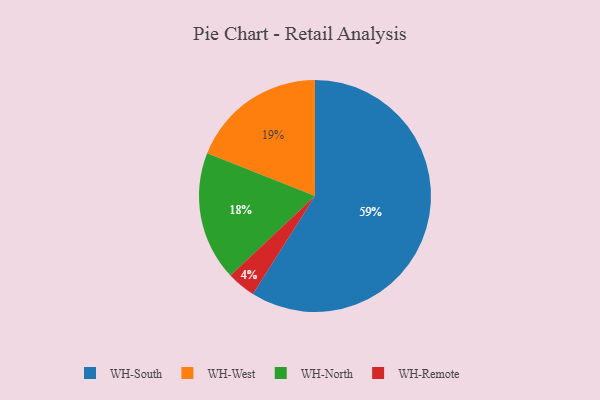
{"axis": {"x": "Category", "y": "Percentage"}, "legend": ["WH-North", "WH-Remote", "WH-South", "WH-West"], "data": [{"x": "WH-West", "y": 19, "type": "WH-West"}, {"x": "WH-North", "y": 18, "type": "WH-North"}, {"x": "WH-South", "y": 59, "type": "WH-South"}, {"x": "WH-Remote", "y": 4, "type": "WH-Remote"}]}